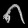
Digit: ၈